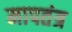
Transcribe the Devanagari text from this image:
मापतंत्र